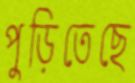
পুড়িতেছে